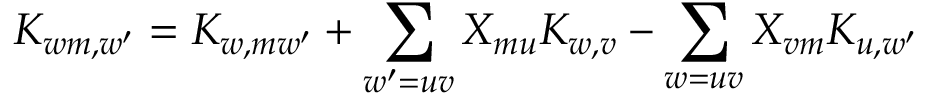
K _ { w m , w ^ { \prime } } = K _ { w , m w ^ { \prime } } + \sum _ { w ^ { \prime } = u v } X _ { m u } K _ { w , v } - \sum _ { w = u v } X _ { v m } K _ { u , w ^ { \prime } }